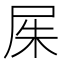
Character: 𡱖